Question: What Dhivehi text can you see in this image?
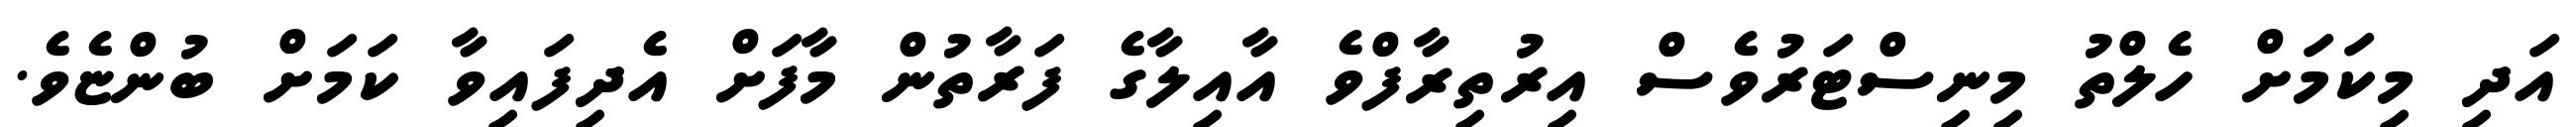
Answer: އަދި މިކަމަށް ހެލްތު މިނިސްޓަރުވެސް އިރުތިރާފްވެ އާއިލާގެ ފަރާތުން މާފަށް އެދިފައިވާ ކަމަށް ބުންޏެވެ.